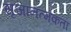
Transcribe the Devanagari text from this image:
सृजानत्मकता